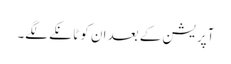
آپریشن کے بعد ان کو ٹانکے لگے۔